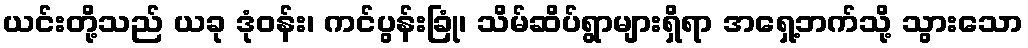
ယင်းတို့သည် ယခု ဒုံဝန်း၊ ကင်ပွန်းခြုံ၊ သိမ်ဆိပ်ရွာများရှိရာ အရှေ့ဘက်သို့ သွားသော